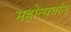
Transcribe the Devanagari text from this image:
महोत्सवांन